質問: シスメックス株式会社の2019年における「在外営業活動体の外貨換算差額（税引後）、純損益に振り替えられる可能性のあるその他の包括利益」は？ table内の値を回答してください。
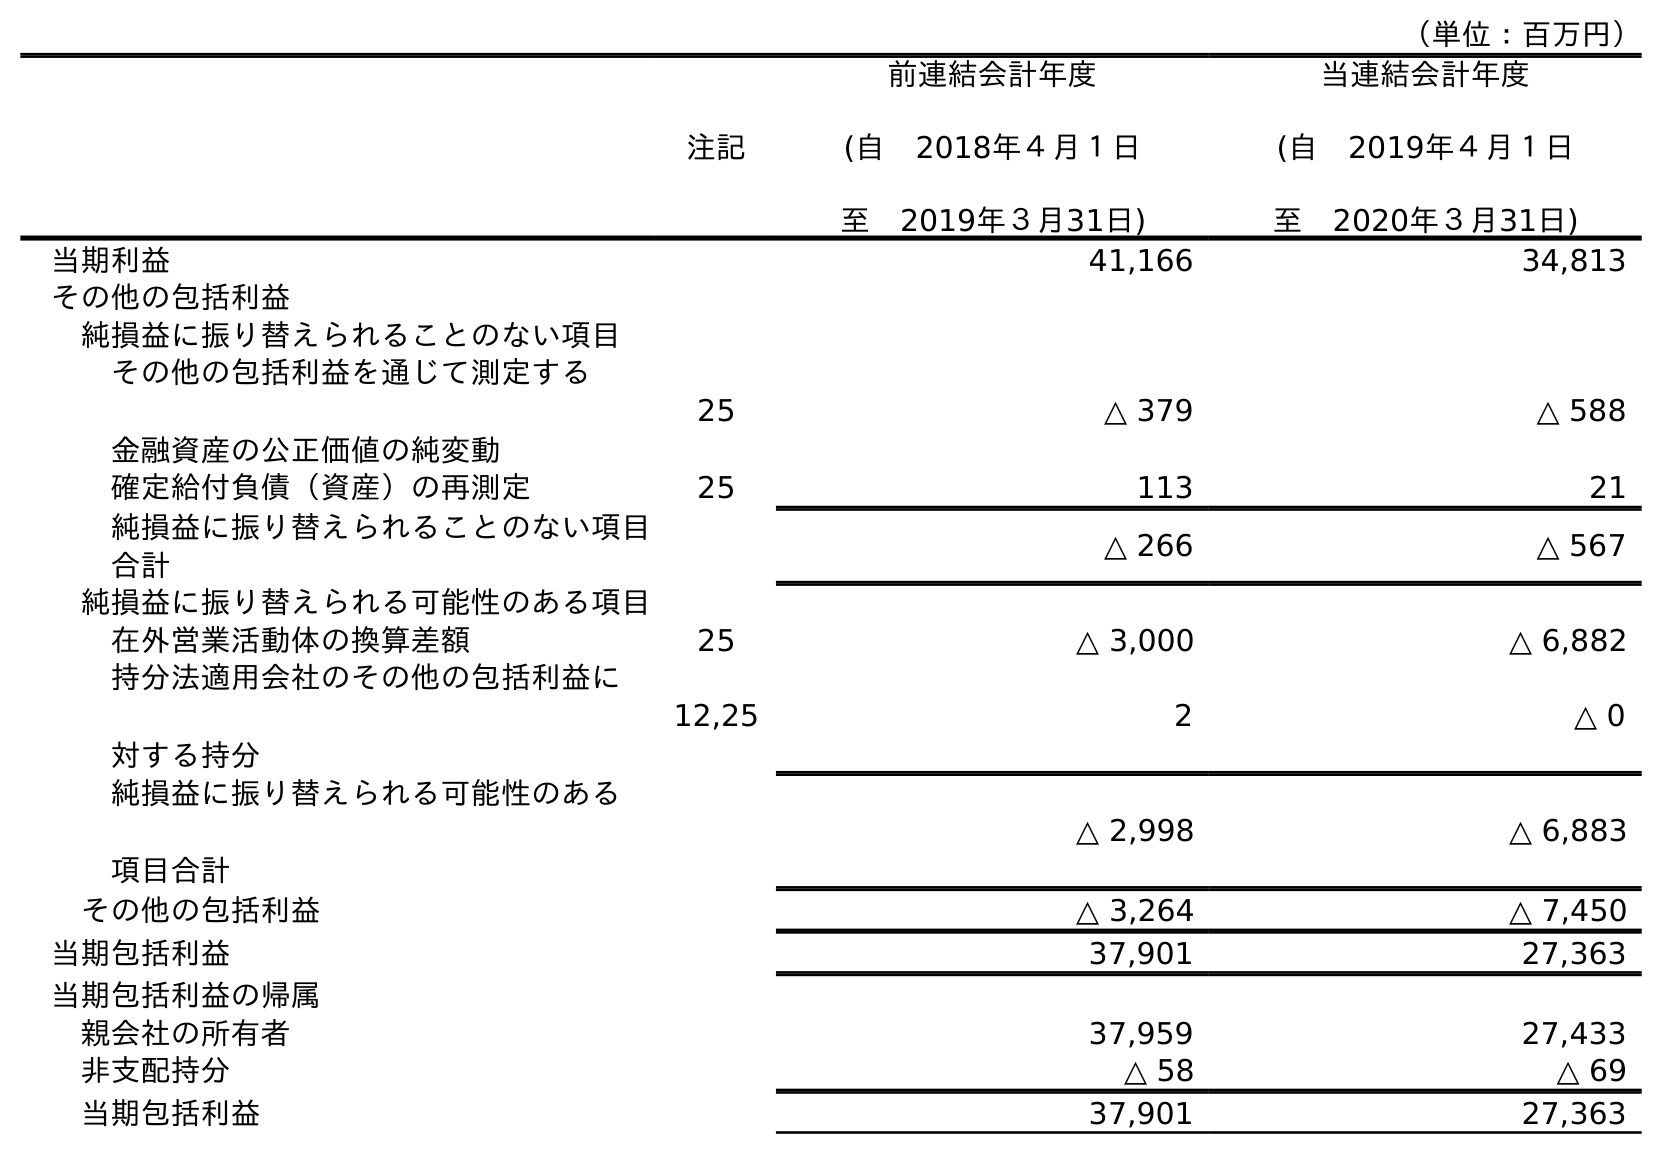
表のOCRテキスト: （単位：百万円） 注記 前連結会計年度 (自 2018年４月１日 至 2019年３月31日) 当連結会計年度 (自 2019年４月１日 至 2020年３月31日) 当期利益 41,166 34,813 その他の包括利益 純損益に振り替えられることのない項目 その他の包括利益を通じて測定する 金融資産の公正価値の純変動 25 △ 379 △ 588 確定給付負債（資産）の再測定 25 113 21 純損益に振り替えられることのない項目 合計 △ 266 △ 567 純損益に振り替えられる可能性のある項目 在外営業活動体の換算差額 25 △ 3,000 △ 6,882 持分法適用会社のその他の包括利益に 対する持分 12,25 2 △ 0 純損益に振り替えられる可能性のある 項目合計 △ 2,998 △ 6,883 その他の包括利益 △ 3,264 △ 7,450 当期包括利益 37,901 27,363 当期包括利益の帰属 親会社の所有者 37,959 27,433 非支配持分 △ 58 △ 69 当期包括利益 37,901 27,363
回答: △3,000